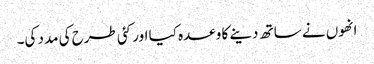
انھوں نے ساتھ دینے کا وعدہ کیا اور کئی طرح کی مدد کی۔